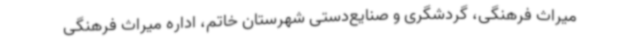
میراث فرهنگی، گردشگری و صنایع‌دستی شهرستان خاتم، اداره میراث فرهنگی